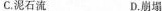
C.泥石流 D.崩塌